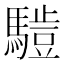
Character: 𱄮